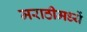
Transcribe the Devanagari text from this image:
मराठीमध्यें